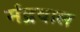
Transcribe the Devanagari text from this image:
मंद्रवाल